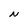
Character: N